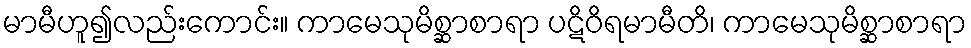
မာမီဟူ၍လည်းကောင်း။ ကာမေသုမိစ္ဆာစာရာ ပဋိဝိရမာမီတိ၊ ကာမေသုမိစ္ဆာစာရာ